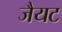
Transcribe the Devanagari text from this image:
जैयट